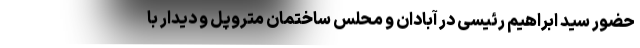
حضور سید ابراهیم رئیسی در آبادان و محلس ساختمان متروپل و دیدار با